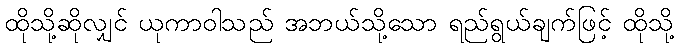
ထိုသို့ဆိုလျှင် ယုကာဝါသည် အဘယ်သို့သော ရည်ရွယ်ချက်ဖြင့် ထိုသို့